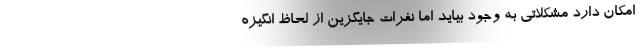
امکان دارد مشکلاتی به وجود بیاید اما نفرات جایگزین از لحاظ انگیزه